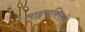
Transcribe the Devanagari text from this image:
लाइपाक्सिनों